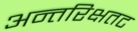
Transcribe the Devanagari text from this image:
अन्तरिक्षतट